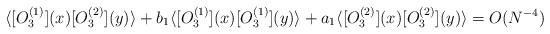
LaTeX: \begin{align*}\langle [O_{3}^{(1)}](x) [O_{3}^{(2)}](y)\rangle +b_{1}\langle [O_{3}^{(1)}](x) [O_{3}^{(1)}](y)\rangle +a_{1}\langle [O_{3}^{(2)}](x) [O_{3}^{(2)}](y)\rangle=O(N^{-4})\end{align*}